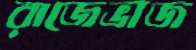
রাজেভাজ